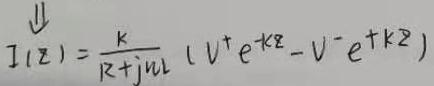
\[
I(z)=\frac{k}{R + j\omega L}(V^{+}e^{-kz}-V^{-}e^{+kz})
\]